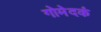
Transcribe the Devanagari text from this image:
गोमेदकं